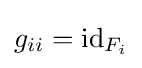
g_{ii}=\operatorname {id} _{F_{i}}